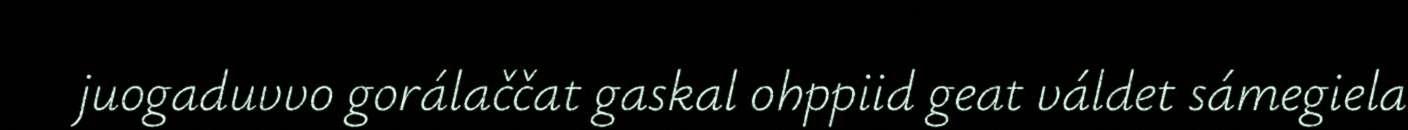
juogaduvvo gorálaččat gaskal ohppiid geat váldet sámegiela